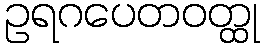
ဥရဂပေတဝတ္ထု